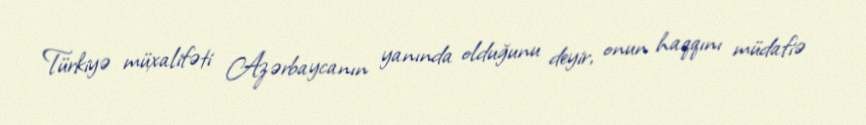
Türkiyə müxalifəti Azərbaycanın yanında olduğunu deyir, onun haqqını müdafiə